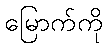
မြောက်ကို